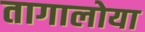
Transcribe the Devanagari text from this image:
तागालोया